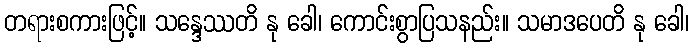
တရားစကားဖြင့်။ သန္ဒေဿတိ နု ခေါ၊ ကောင်းစွာပြသနည်း။ သမာဒပေတိ နု ခေါ၊